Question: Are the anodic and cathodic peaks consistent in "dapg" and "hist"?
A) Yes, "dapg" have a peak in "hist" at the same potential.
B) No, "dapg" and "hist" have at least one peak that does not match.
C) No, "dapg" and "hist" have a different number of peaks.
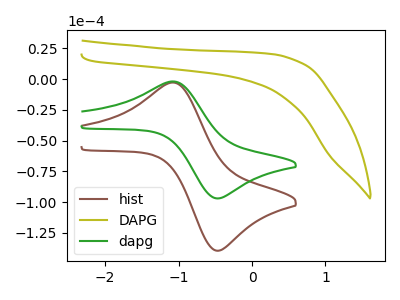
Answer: <think>The brown curve "hist" has an anodic peak at (-1.10V, -2.85uA) and a cathodic peak at (-0.45V, -139.45uA). The olive curve "DAPG" has no peaks. The green curve "dapg" has an anodic peak at (-1.10V, -2.00uA) and a cathodic peak at (-0.45V, -96.95uA).</think>
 <answer>A) Yes, "dapg" have a peak in "hist" at the same potential.</answer>
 <eval>A</eval>